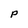
Character: p